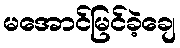
မအောင်မြင်ခဲ့ချေ